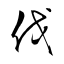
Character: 伐